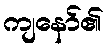
ကျနော်၏